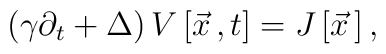
\left(\gamma\partial_t+\Delta\right)V\left[\vec x{\,},t\right]=J\left[{\vec x}{\,}\right],